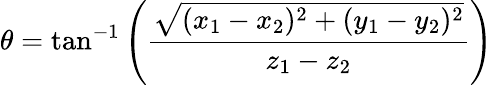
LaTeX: \theta=\tan^{-1}\left({\frac{\sqrt{(x_{1}-x_{2})^{2}+(y_{1}-y_{2})^{2}}}{z_{1}-z_{2}}}\right)